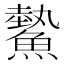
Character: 𩻉